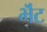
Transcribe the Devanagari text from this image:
भॆंट